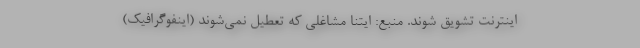
اینترنت تشویق شوند. منبع: ایتنا مشاغلی که تعطیل نمی‌شوند (اینفوگرافیک)